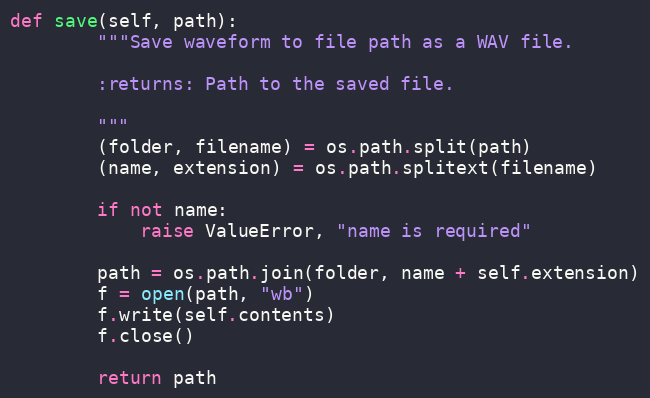
Language: Python
def save(self, path):
        """Save waveform to file path as a WAV file.

        :returns: Path to the saved file.

        """
        (folder, filename) = os.path.split(path)
        (name, extension) = os.path.splitext(filename)

        if not name:
            raise ValueError, "name is required"

        path = os.path.join(folder, name + self.extension)
        f = open(path, "wb")
        f.write(self.contents)
        f.close()

        return path